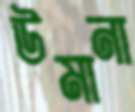
উমানা